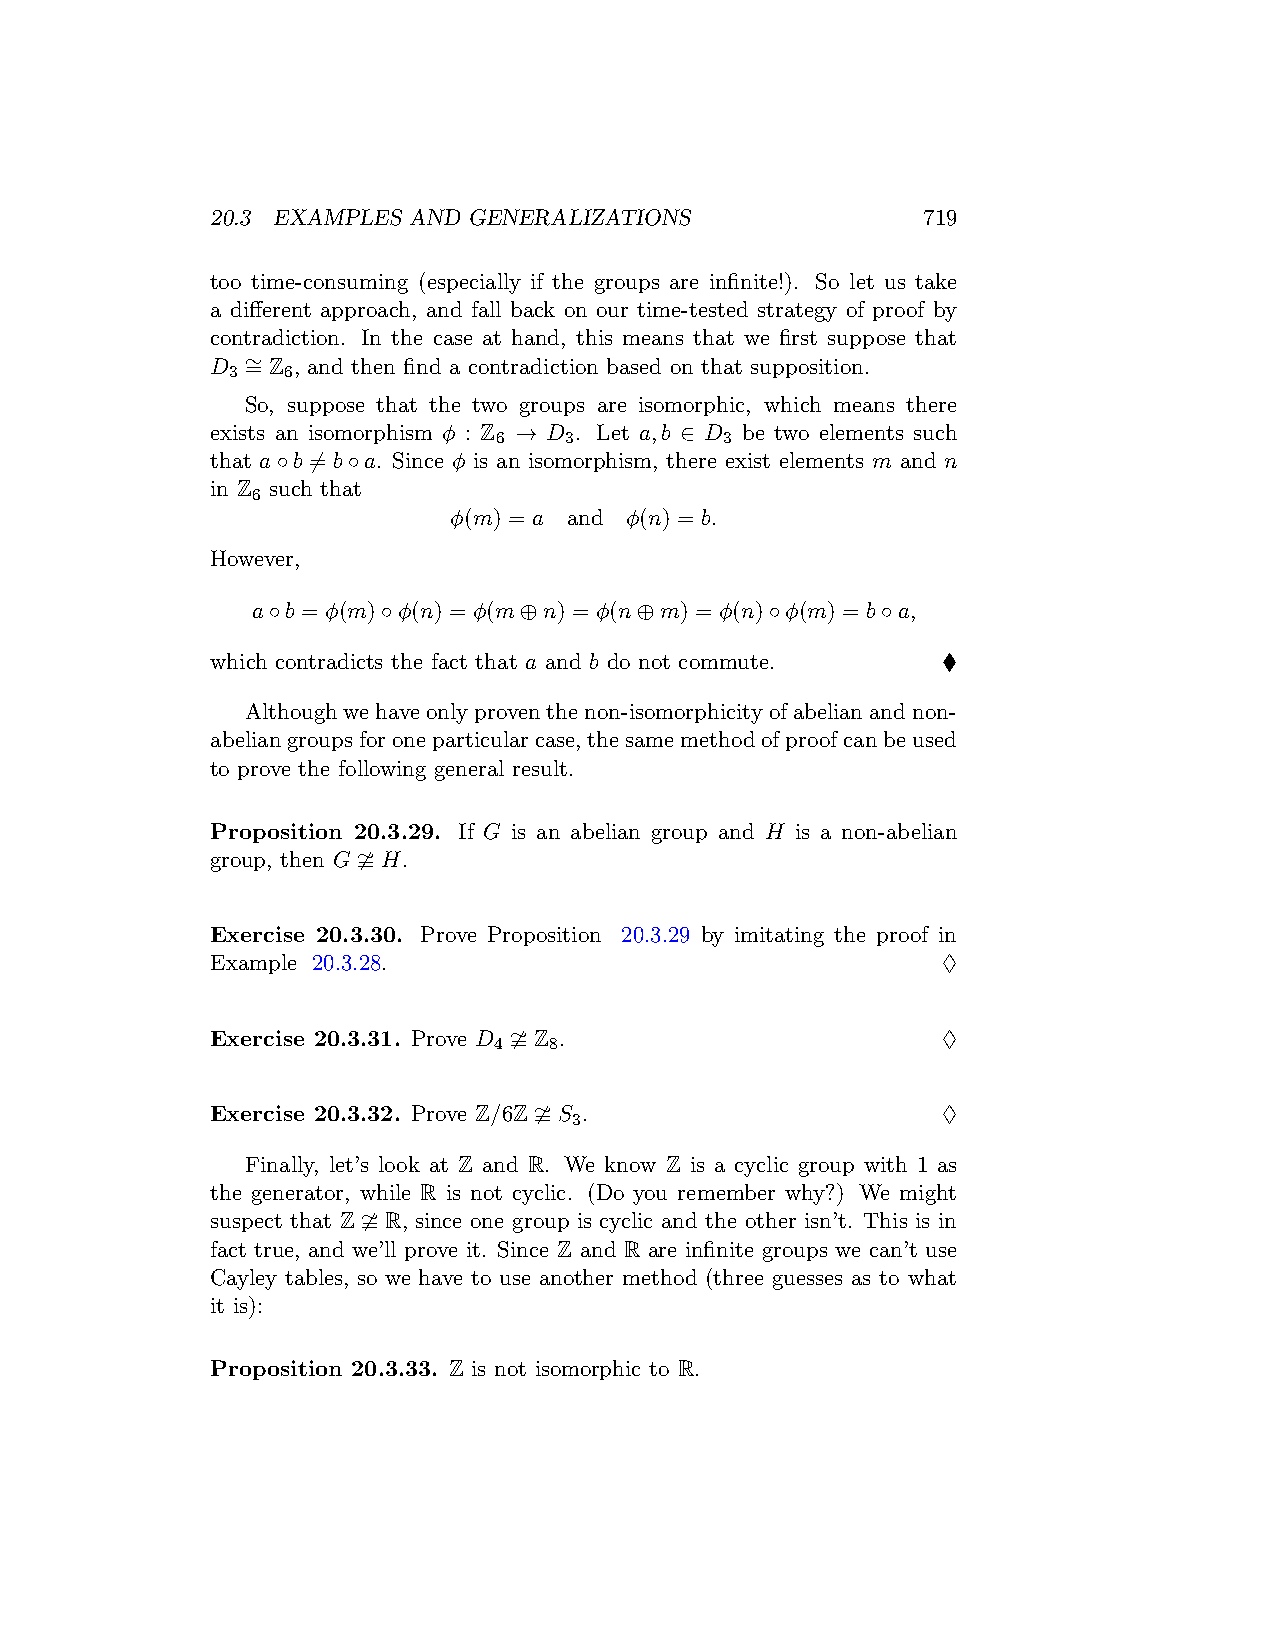
20.3 EXAMPLES AND GENERALIZATIONS              719
 too time-consuming (especially if the groups are infinite!). So let us take
 a different approach, and fall back on our time-tested strategy of proof by
 contradiction. In the case at hand, this means that we first suppose that
 D ∼ = Z , and then find a contradiction based on that supposition.
 3   6
 So, suppose that the two groups are isomorphic, which means there
 exists an isomorphism ϕ : Z → D . Let a,b ∈ D be two elements such
 6   3          3
 that a◦b ̸= b◦a. Since ϕ is an isomorphism, there exist elements m and n
 in Z such that
 6
 ϕ(m) = a and ϕ(n) = b.
 However,
 a◦b = ϕ(m)◦ϕ(n) = ϕ(m⊕n) = ϕ(n⊕m) = ϕ(n)◦ϕ(m) = b◦a,
 which contradicts the fact that a and b do not commute. ♦
 Althoughwehaveonlyproventhenon-isomorphicityofabelianandnon-
 abeliangroupsforoneparticularcase,thesamemethodofproofcanbeused
 to prove the following general result.
 Proposition 20.3.29. If G is an abelian group and H is a non-abelian
 group, then G ≇ H.
 Exercise 20.3.30. Prove Proposition 20.3.29 by imitating the proof in
 Example 20.3.28.                                ♢
 Exercise 20.3.31. Prove D ≇ Z .                 ♢
 4  8
 Exercise 20.3.32. Prove Z/6Z ≇ S .              ♢
 3
 Finally, let’s look at Z and R. We know Z is a cyclic group with 1 as
 the generator, while R is not cyclic. (Do you remember why?) We might
 suspect that Z ≇ R, since one group is cyclic and the other isn’t. This is in
 fact true, and we’ll prove it. Since Z and R are infinite groups we can’t use
 Cayley tables, so we have to use another method (three guesses as to what
 it is):
 Proposition 20.3.33. Z is not isomorphic to R.